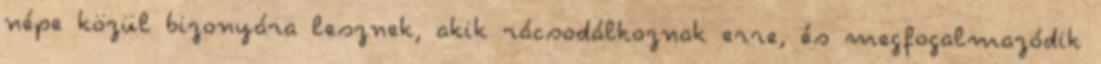
népe közül bizonyára lesznek, akik rácsodálkoznak erre, és megfogalmazódik